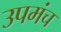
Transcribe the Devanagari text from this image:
उपमंच